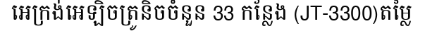
អេក្រង់អេឡិចត្រូនិចចំនួន 33 កន្លែង (JT-3300)តម្លៃ